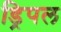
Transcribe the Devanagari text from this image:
ड्रिपल